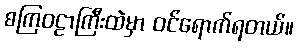
စကြဝဠာကြီးထဲမှာ ဝင်ရောက်ရတယ်။